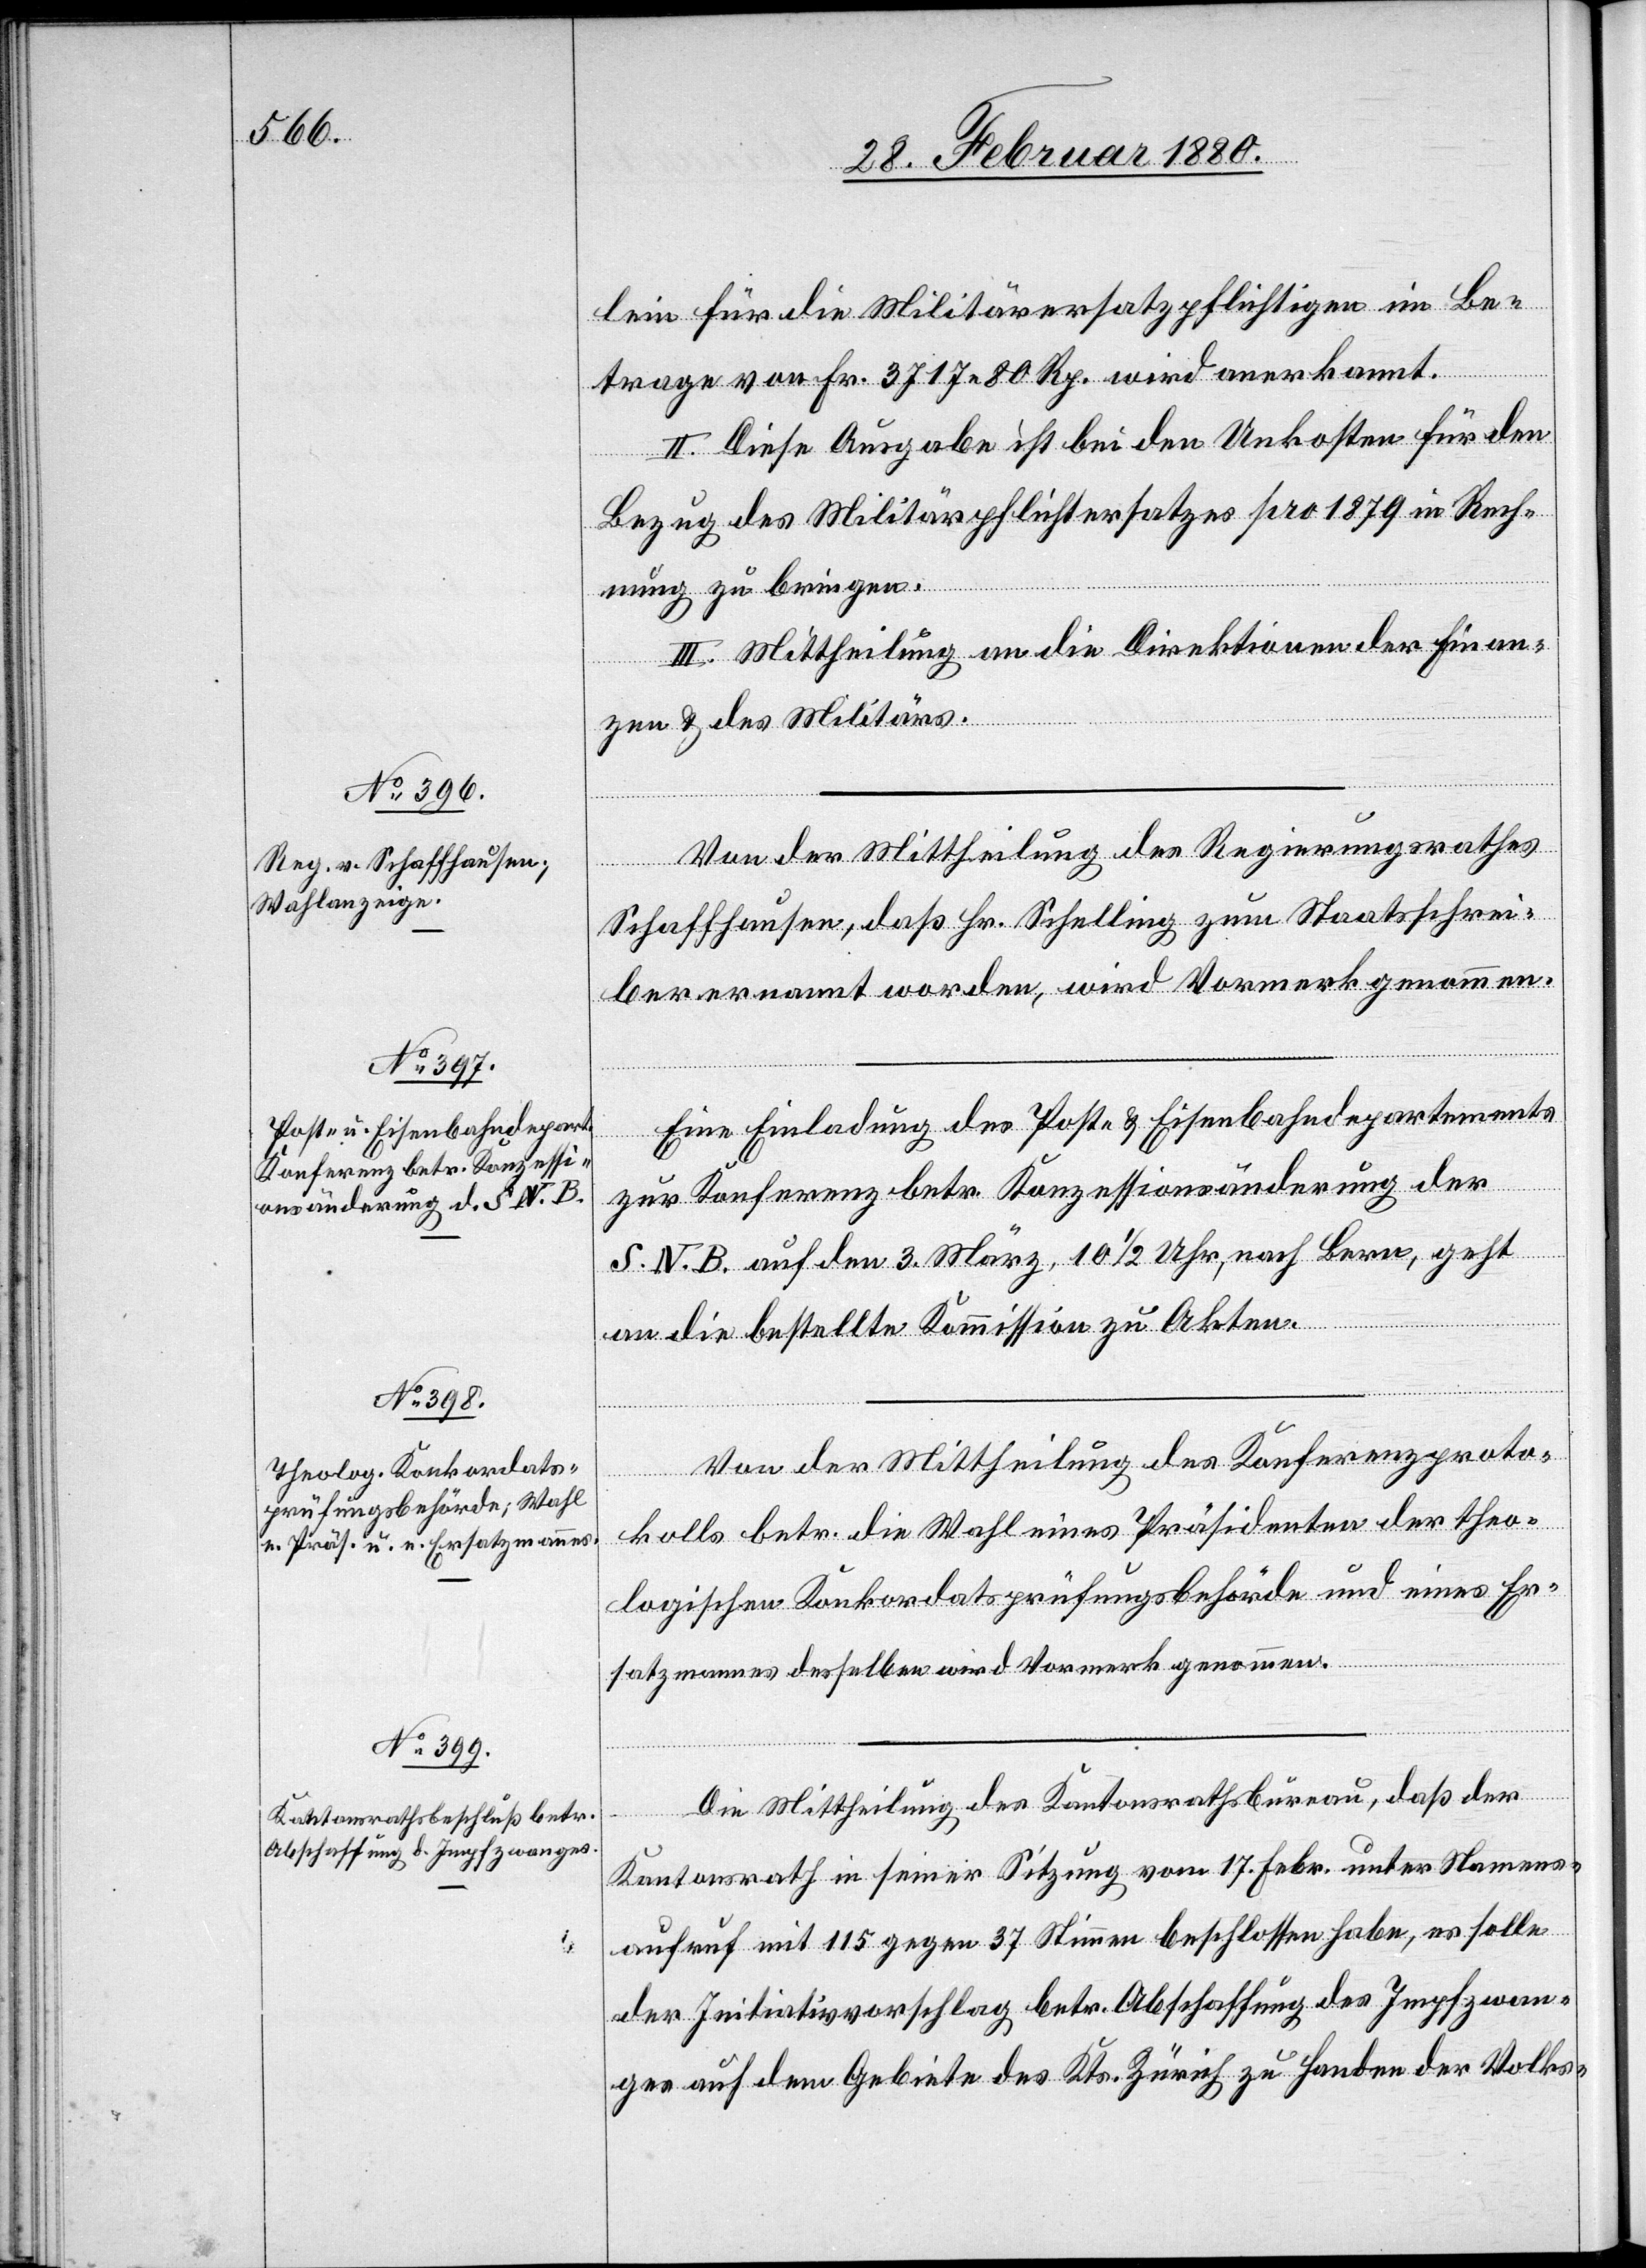
lein für die Militärersatzpflichtigen im Be¬
trage von Fr. 3717 80 Rp. wird anerkannt.
II. Diese Ausgabe ist bei den Unkosten für den
Bezug des Militärpflichtersatzes pro 1879 in Rech¬
nung zu bringen.
III. Mittheilung an die Direktionen der Finan¬
zen & des Militärs.
Von der Mittheilung des Regierungsrathes
Schaffhausen, daß Hr. Schelling zum Staatsschrei¬
ber ernannt worden, wird Vormerk genommen.
Eine Einladung des Post- & Eisenbahndepartements
zur Konferenz betr. Konzessionsänderung der
S. N. B. auf den 3. März, 10 1/2 Uhr, nach Bern, geht
an die bestellte Kommission zu Akten.
Von der Mittheilung des Konferenzproto¬
kolls betr. die Wahl eines Präsidenten der theo¬
logischen Konkordatsprüfungsbehörde und eines Er¬
satzmannes desselben wird Vormerk genommen.
Die Mittheilung des Kantonsrathsbureau, daß der
Kantonsrath in seiner Sitzung vom 17. Febr. unter Namens¬
aufruf mit 115 gegen 37 Stimmen beschlossen habe, es solle
der Initiativvorschlag betr. Abschaffung des Impfzwan¬
ges auf dem Gebiete des Kts. Zürich zu Handen der Volks-